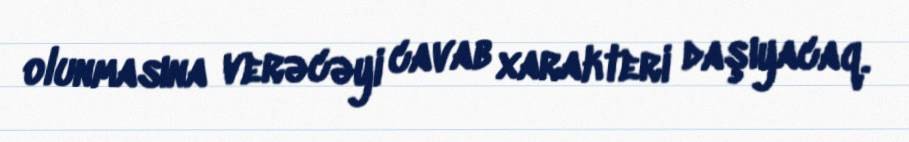
olunmasına verəcəyi cavab xarakteri daşıyacaq.